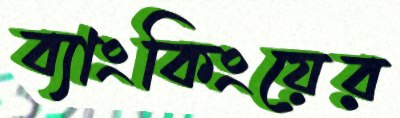
ব্যাংকিংয়ের